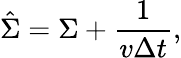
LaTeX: \hat{\Sigma}=\Sigma+\frac{1}{v\Delta t},